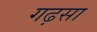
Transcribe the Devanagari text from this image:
गढ़सा